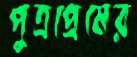
পুত্রপ্রেমের